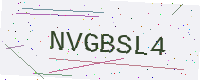
Text: NVGBSL4